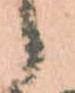
候